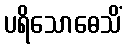
ပရိသောဓေသိံ